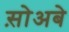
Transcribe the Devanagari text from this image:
स़ोअबे